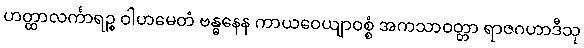
ဟတ္ထာလင်္ကာရဉ္စ ဝါဟမေတံ ဗန္ဓနေန ကာယဝေယျာဝစ္စံ အကသာဝတ္တာ ရာဇဂဟာဒီသု